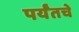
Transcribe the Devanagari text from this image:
पर्यँतचे